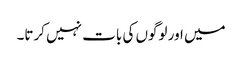
میں اور لوگوں کی بات نہیں کرتا۔